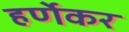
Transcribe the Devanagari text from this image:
हर्णेकर